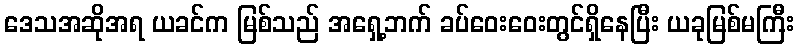
ဒေသအဆိုအရ ယခင်က မြစ်သည် အရှေ့ဘက် ခပ်ဝေးဝေးတွင်ရှိနေပြီး ယခုမြစ်မကြီး